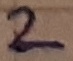
Text: 2